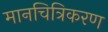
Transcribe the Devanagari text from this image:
मानचित्रिकरण